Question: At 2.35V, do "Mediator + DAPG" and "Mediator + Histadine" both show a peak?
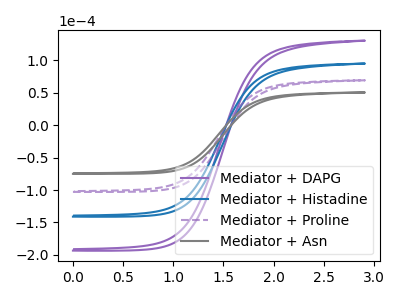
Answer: <think>The purple curve "Mediator + DAPG" has no peaks. The blue curve "Mediator + Histadine" has no peaks. The purple dashed curve "Mediator + Proline" has no peaks. The gray curve "Mediator + Asn" has no peaks.</think>
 <answer>No, "Mediator + DAPG" and "Mediator + Histadine" dont share a peak at 2.35V.</answer>
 <eval>mismatch</eval>